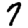
Digit: 7